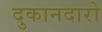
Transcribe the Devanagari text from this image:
दुकानदारो